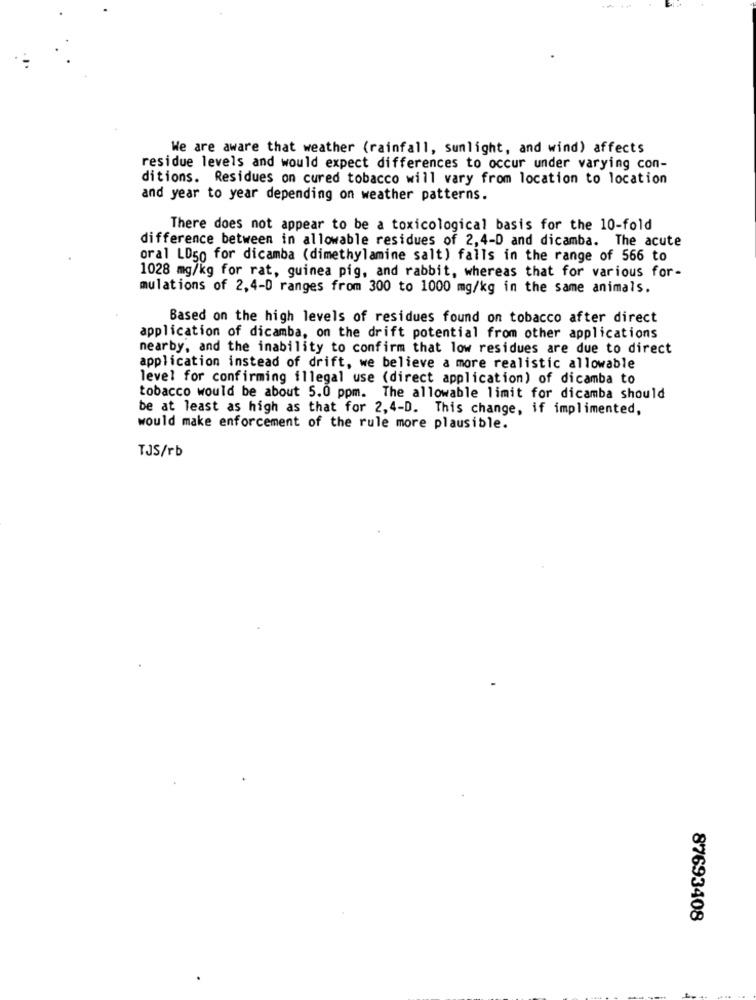
We are aware that weather (rainfall, sunlight, and wind) affects
residue levels and would expect differences to occur under varying con-
ditions. Residues on cured tobacco will vary from location to location
and year to year depending on weather patterns.
There does not appear to be a toxicological basis for the 10-fold
difference between in allowable residues of 2,4-D and dicamba. The acute
oral LD50 for dicamba (dimethylamine salt) falls in the range of 566 to
1028 mg/kg for rat, guinea pig, and rabbit, whereas that for various for-
mulations of 2,4-D ranges from 300 to 1000 mg/kg in the same animals.
Based on the high levels of residues found on tobacco after direct
application of dicamba, on the drift potential from other applications
nearby, and the inability to confirm that low residues are due to direct
application instead of drift, we believe a more realistic allowable
level for confirming illegal use (direct application) of dicamba to
tobacco would be about 5.0 ppm. The allowable limit for dicamba should
be at least as high as that for 2,4-D. This change, if implimented,
would make enforcement of the rule more plausible.
TJS/rb
87693408